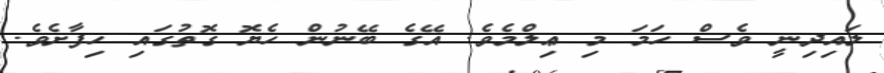
ލައިދިނީ ވެސް ހަމަ މި ޢިލްމެވެ. އޭގެ ބޭނުން ހެޔޮ ގޮތުގައި ހިފާށެވެ.